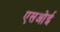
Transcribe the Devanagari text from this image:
एसओई